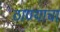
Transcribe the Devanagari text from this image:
ठाण्याचा